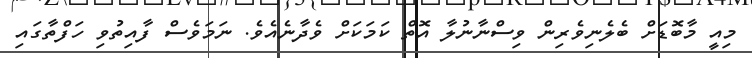
މިއީ މާބޮޑަށް ބެލެނިވެރިން ވިސްނާނުލާ އޮތް ކަމަކަށް ވެދާނެއެވެ. ނަމަވެސް ފާއިތުވި ހަފްތާގައި